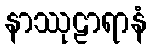
နာဿုဠာရာနံ